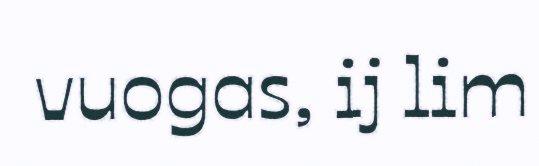
vuogas, ij lim